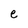
Character: e